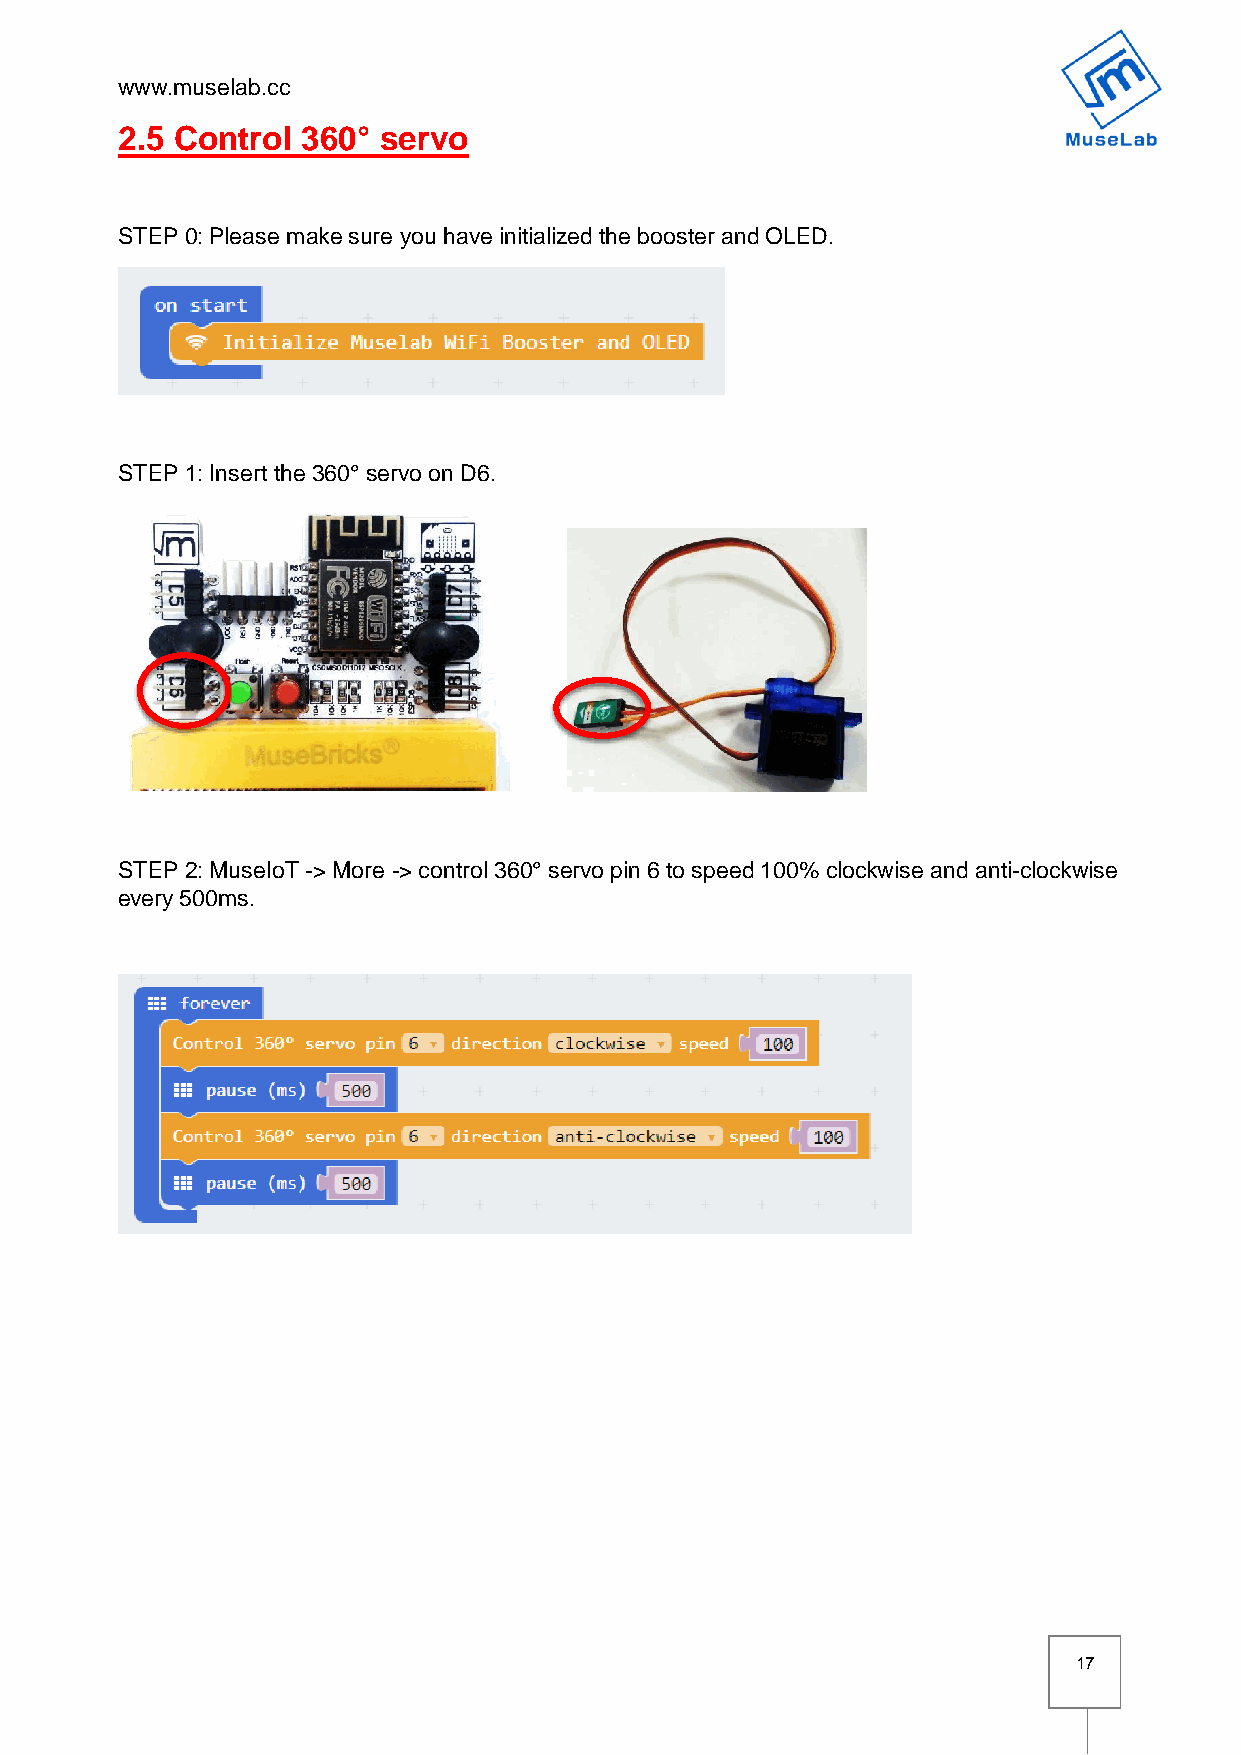
www.muselab.cc
 2.5 Control 360° servo
 STEP 0: Please make sure you have initialized the booster and OLED.
 STEP 1: Insert the 360° servo on D6.
 STEP 2: MuseIoT -> More -> control 360° servo pin 6 to speed 100% clockwise and anti-clockwise
 every 500ms.
 17